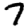
Digit: 7